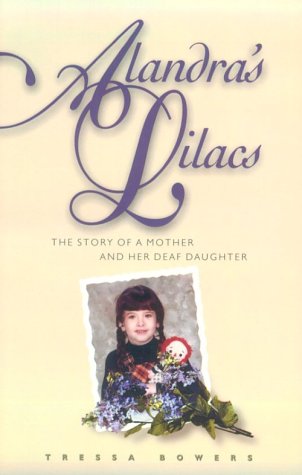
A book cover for Alandra's Lilacs: The Story of a Mother and Her Deaf Daughter; Tressa Bowers; Reference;